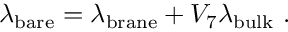
\lambda _ { \mathrm { b a r e } } = \lambda _ { \mathrm { b r a n e } } + V _ { 7 } \lambda _ { \mathrm { b u l k } } \ .